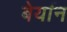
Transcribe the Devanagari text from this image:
बेर्यान